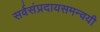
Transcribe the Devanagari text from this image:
सर्वसंप्रदायसमन्वयी